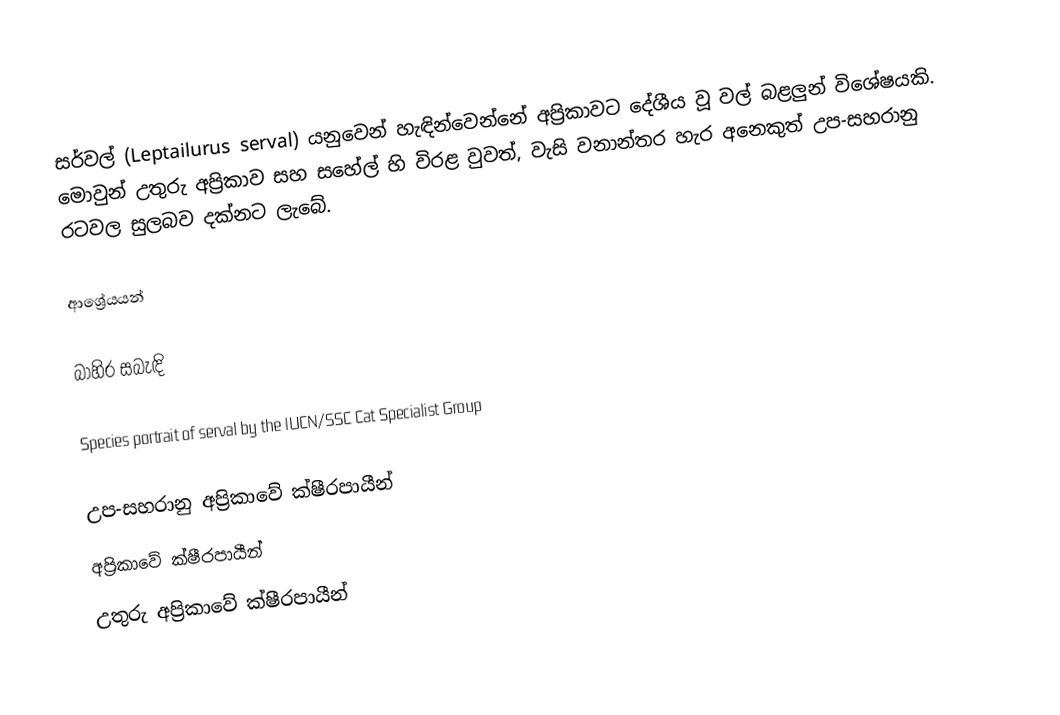
සර්වල් (Leptailurus serval) ‍යනුවෙන් හැඳින්වෙන්නේ අප්‍රිකාවට දේශීය වූ වල් බළලුන් විශේෂයකි. මොවුන් උතුරු අප්‍රිකාව සහ සහේල් හි විරළ වුවත්, වැසි වනාන්තර හැර අනෙකුත් උප-සහරානු රටවල සුලබව දක්නට ලැබේ.

ආශ්‍රේයයන්

බාහිර සබැඳි

Species portrait of serval by the IUCN/SSC Cat Specialist Group

උප-සහරානු අප්‍රිකාවේ ක්ෂීරපායීන්
අප්‍රිකාවේ ක්ෂීරපායීන්
උතුරු අප්‍රිකාවේ ක්ෂීරපායීන්